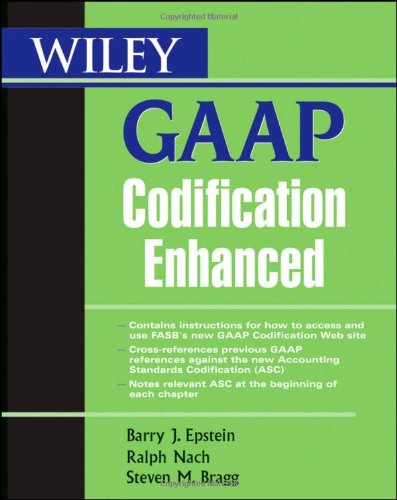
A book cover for Wiley GAAP Codification Enhanced; Barry J. Epstein; Test Preparation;